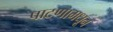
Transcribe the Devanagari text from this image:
पाटणामधून